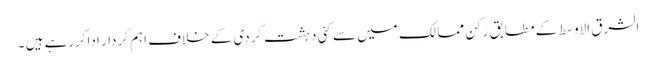
الشرق الاوسط کے مطابق رکن ممالک میں سے کئی دہشت گردی کے خلاف اہم کردار اداکررہے ہیں ۔